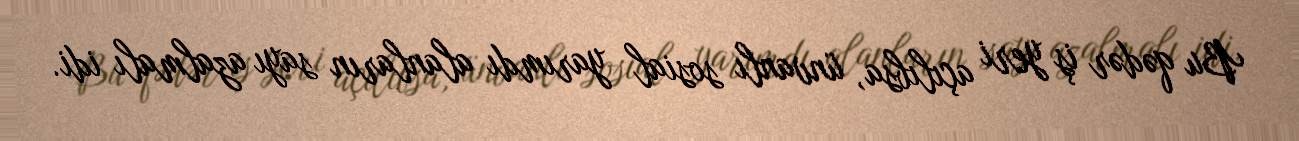
Bu qədər iş yeri açılıbsa, ünvanlı sosial yarımdı alanların sayı azalmalı idi.